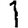
Digit: 1